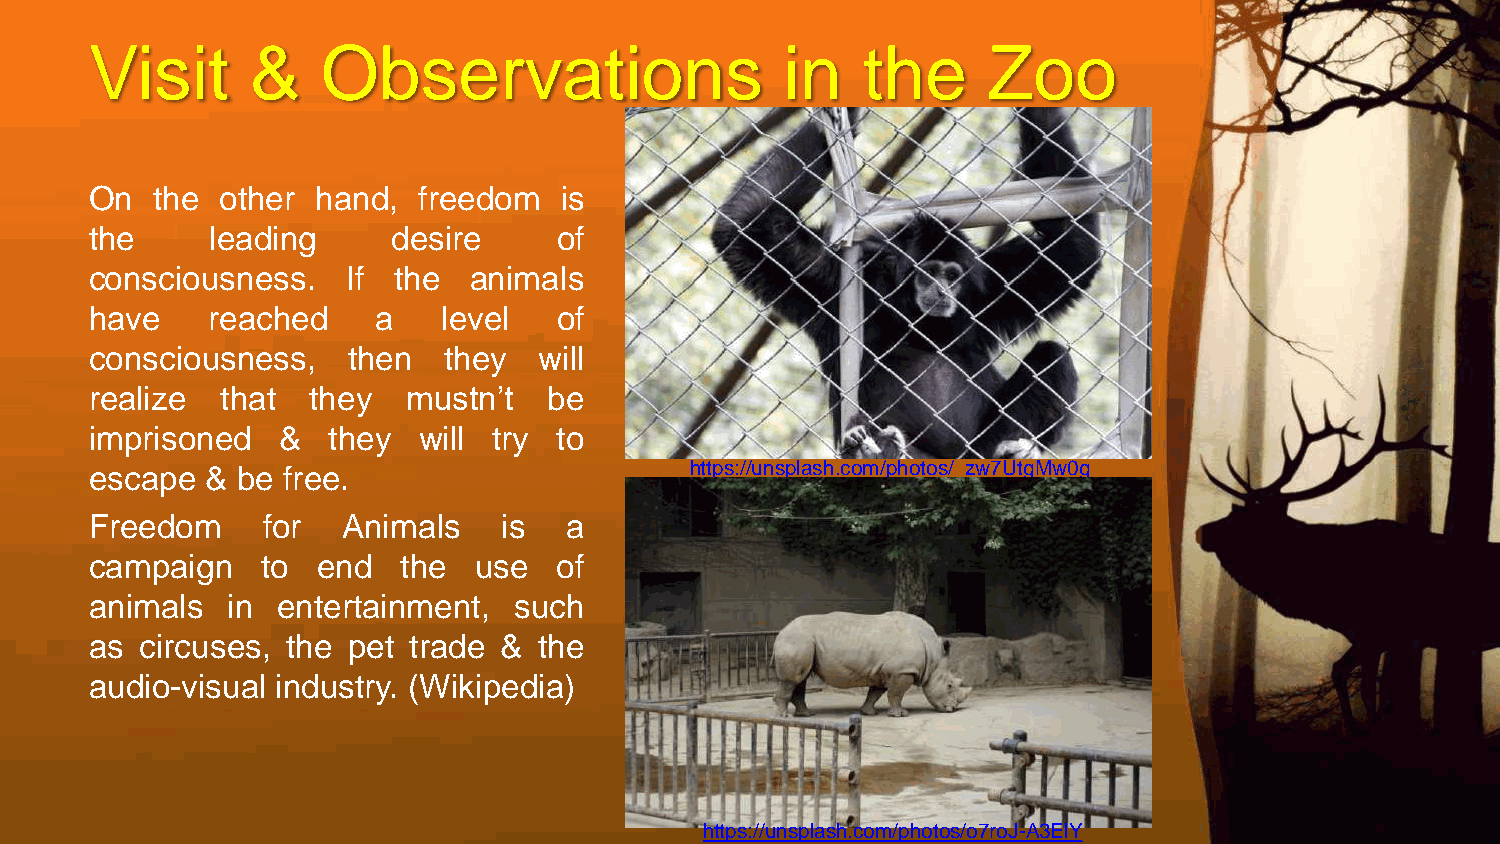
Visit      &   Observations                   in   the     Zoo
 On  the other  hand,  freedom  is
 the     leading     desire     of
 consciousness.   If the  animals
 have    reached    a   level   of
 consciousness,   then  they   will
 realize  that they   mustn’t  be
 imprisoned  &   they  will try to
 escape  & be free.                      https://unsplash.com/photos/_zw7UtgMw0g
 Freedom    for   Animals   is  a
 campaign   to  end   the use   of
 animals  in entertainment,  such
 as circuses, the pet trade &  the
 audio-visual industry. (Wikipedia)
 https://unsplash.com/photos/o7roJ-A3ElY